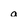
Character: a